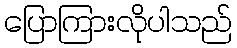
ပြောကြားလိုပါသည်